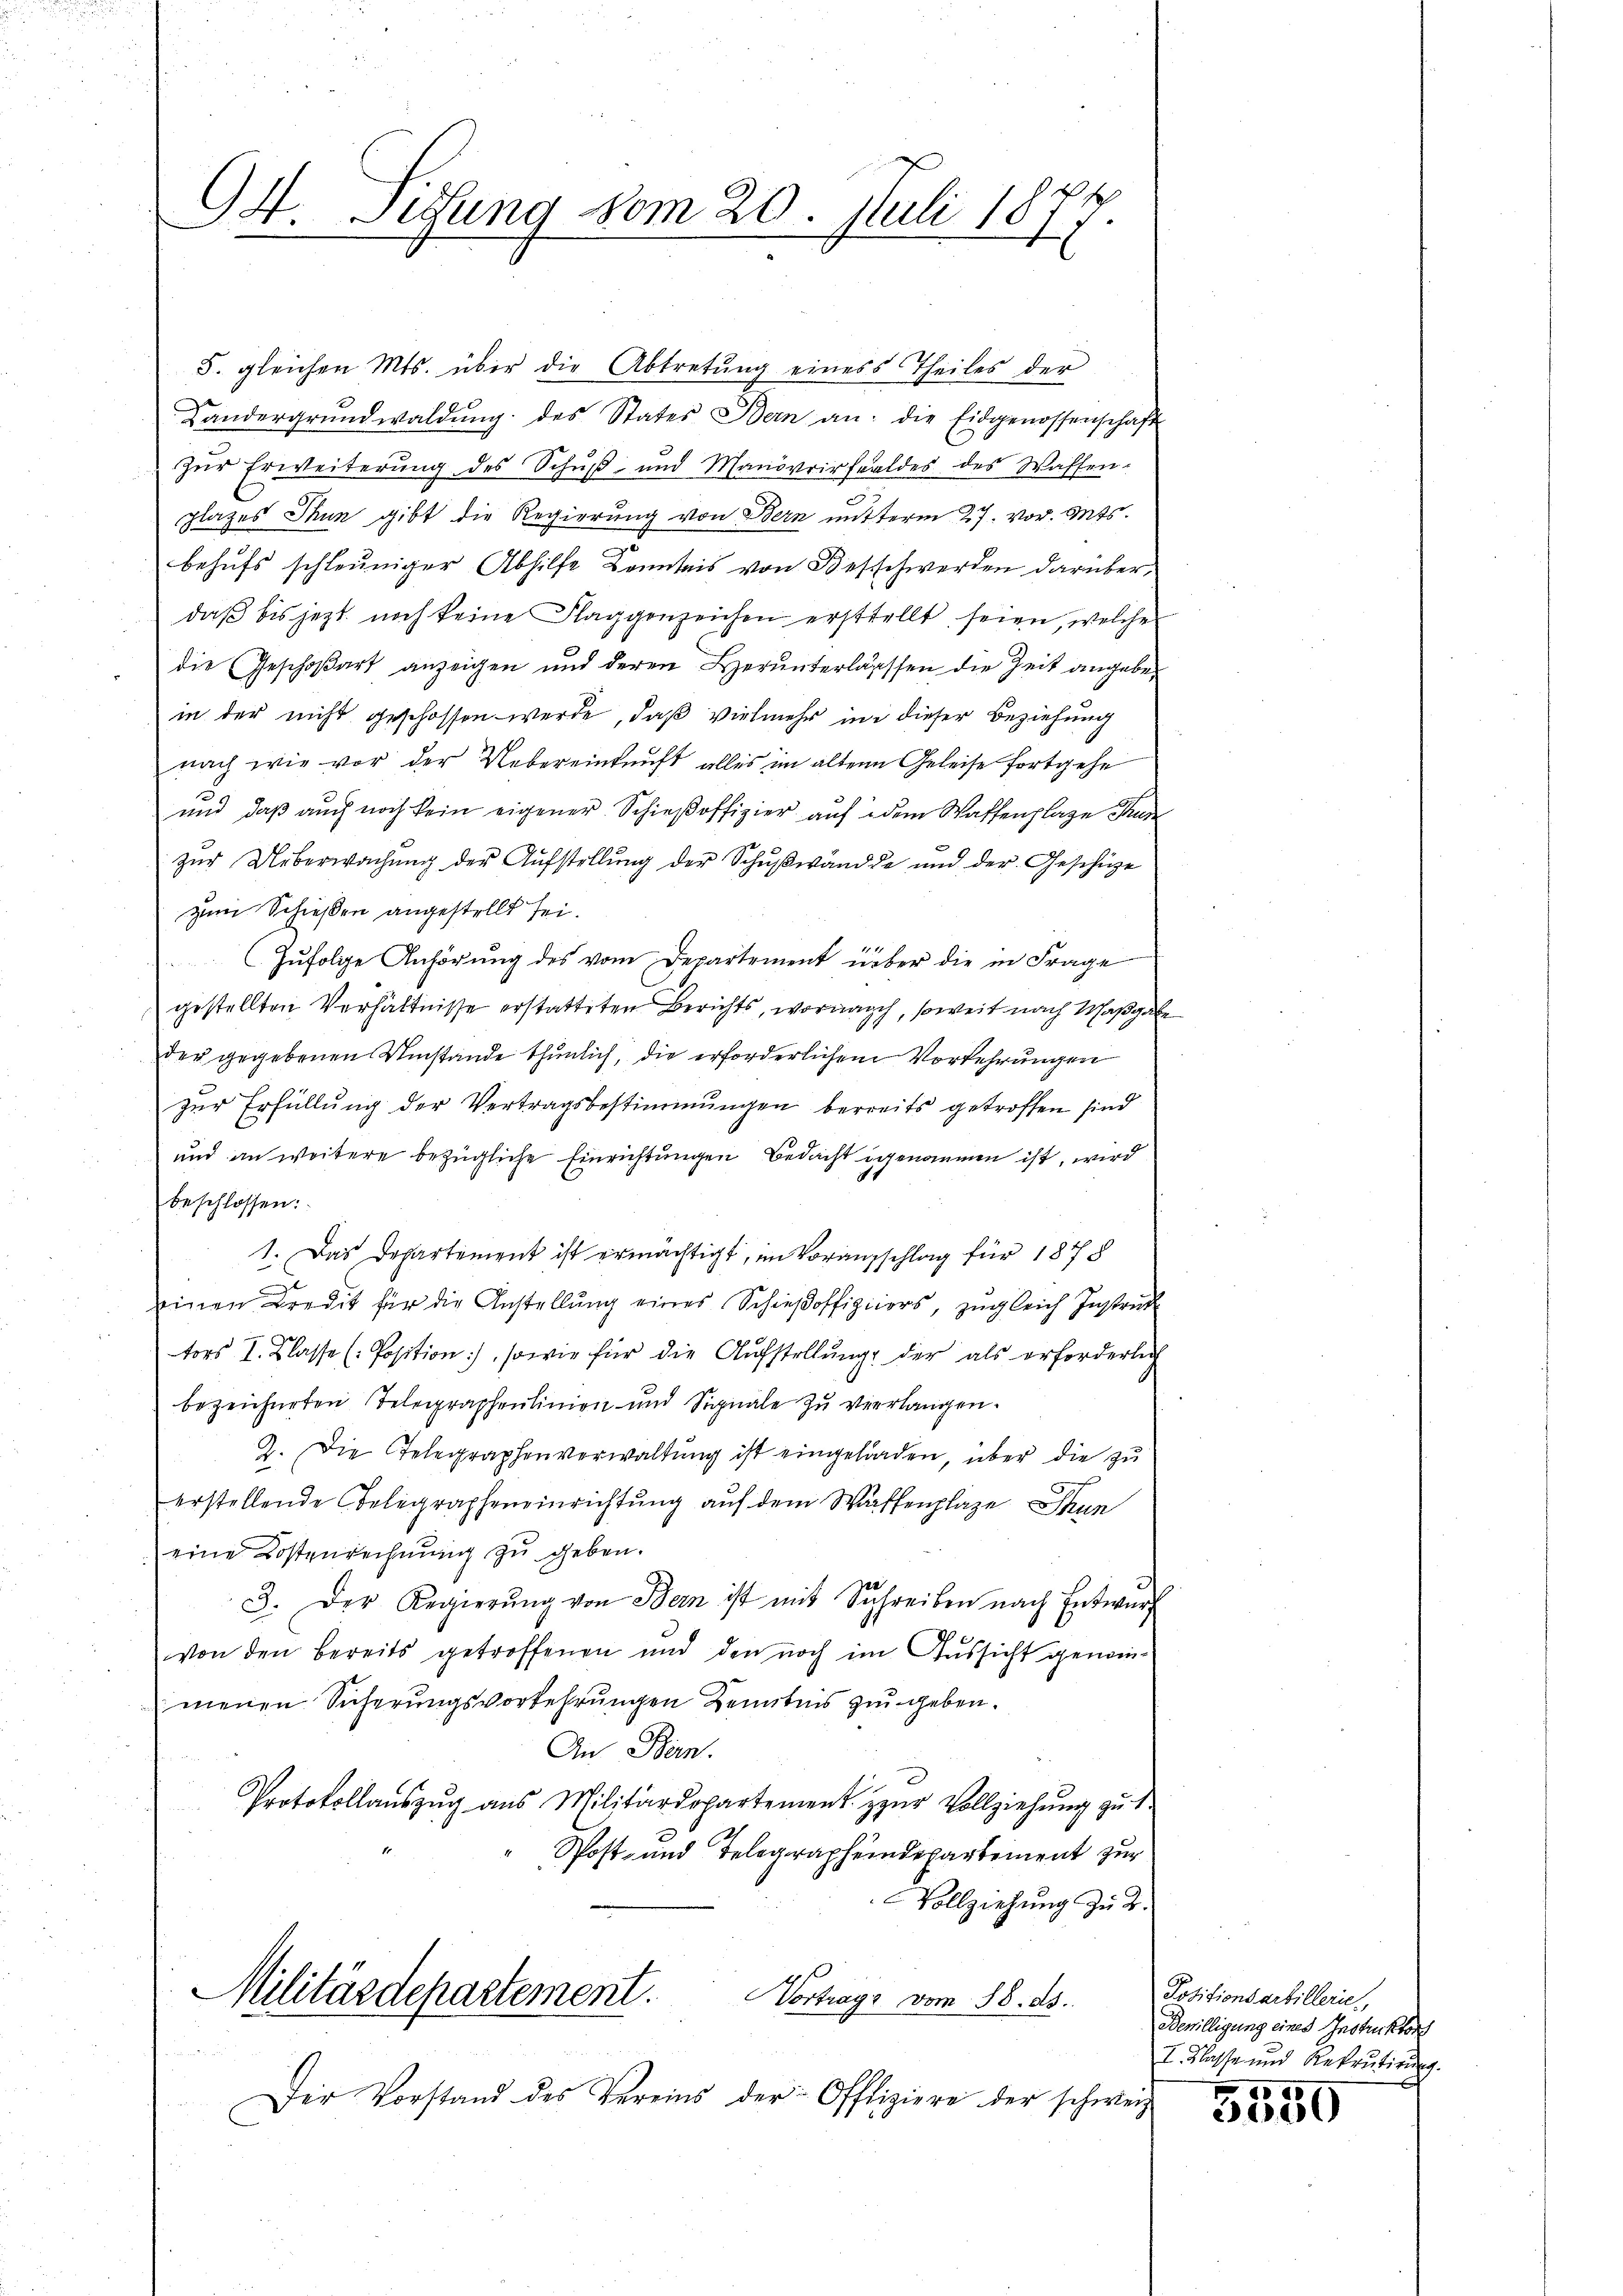
94. Sitzung vom 20. Juli 1877.

5. gleichen Mts. über die Abtretung eines Theiles der
Landergrundwaldŭng des States Bern an: die Eidgenossenschaft
zŭr Erweiterŭng des Schŭβ- und Manövrirfeldes des Waffen-
platzes Thun gibt die Regierung von Bern mitterm 27. vor. Mts.
behufs schleuniger Abhilfe Kenntnis von Beschwerden darüber,
daß bis jetzt noch keine Flaggenzeichen erstellt seien, welche
die Geschoßart anzeigen und deren Herunterlässsen die Zeit angeben
in der nicht geschossen werde, daß vielmehr in dieser Beziehung
nach wie vor der Uebereinkunft alles im alten Geleise fortgehe
und daß auch noch kein eigener Schieβoffizier auf dem Waffenplaze Tur
zur Ueberwachung des Aufstellung der Schußwände und der Geschie
zum Schießen angestellt sei.
Zŭfolge Anhörŭng des vom Departement über die in Frage
gestellten Verhältnisse erstatteten Berichts, wornach, soweit nach Maßgabe
der gegebenen Umstände thunlich, die erforderlichem Vorkehrungen
zur Erfüllung der Vertragsbestimmungen bereits getroffen sind
und an weitere bezügliche Einrichtungen Bedacht genommen ist, wird
beschlossen:
1. Das Departement ist ermächtigt, im Voranzschlag für 1878
einen Credit für die Anstellŭng eines Schieβoffiziers, zŭgleich Instruk
tors I. Klasse (Position), sowie für die Aufstellung der als erforderlich
bezeichneten Telegraphenlinien und Signale zu verlangen.
Z. Die Telegraphenverwaltŭng ist eingeladen, über die zu
erstellende Belegrapheneinrichtung auf dem Waffenplaze Thun
eine Kostenrechnŭng zu geben.
3. Der Regierŭng von Bern ist mit Schreiben nach Entwurf
von den bereits getroffenen und den noch im Aussicht genom-
menen Sicherungsvorkehrungen Kenntnis zu geben.
An Bern.
Protokollaŭszŭg aŭs Militärdepartement zŭr Vollziehŭng zŭ t.
Post- und Telegraphendepartement zur
Vollziehung zu 2.
Militärdepartement. Vortrags vom 18. ds.
Der Vorstand des Vereins der Offiziere der schweiz

.

Positionsarbillerie,
Bewilligung eines Instrucktor
I. Klasse und Rekrutirung

5550